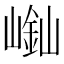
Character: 𡻿